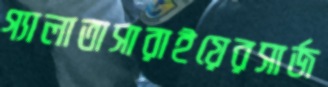
গ্যালাতাসারাইয়েরসার্জ